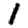
Digit: 1